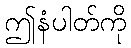
ဤနံပါတ်ကို